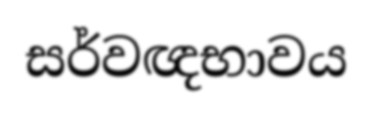
සර්වඥභාවය